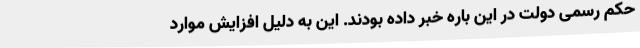
حکم رسمی دولت در این باره خبر داده بودند. این به دلیل افزایش موارد